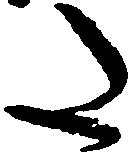
た